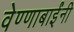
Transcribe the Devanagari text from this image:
वेण्णाबाईंनी